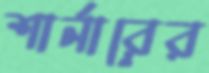
শার্নারের